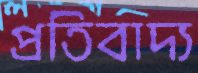
প্রতিবাদ্য